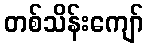
တစ်သိန်းကျော်